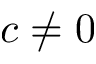
c \neq 0